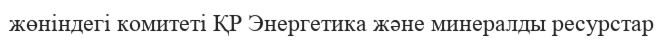
жөніндегі комитеті ҚР Энергетика және минералды ресурстар